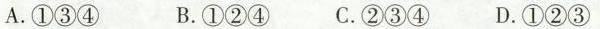
A.①③④ B.①②④ C.②③④ D.①②③